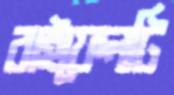
রাইফেলটি